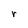
Character: r